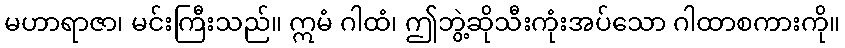
မဟာရာဇာ၊ မင်းကြီးသည်။ ဣမံ ဂါထံ၊ ဤဘွဲ့ဆိုသီးကုံးအပ်သော ဂါထာစကားကို။